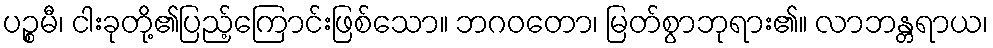
ပဉ္စမီ၊ ငါးခုတို့၏ပြည့်ကြောင်းဖြစ်သော။ ဘဂဝတော၊ မြတ်စွာဘုရား၏။ လာဘန္တရာယ၊